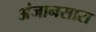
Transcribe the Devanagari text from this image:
अंजानसारा